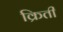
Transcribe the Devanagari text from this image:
क्रिती